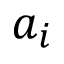
a _ { i }